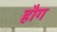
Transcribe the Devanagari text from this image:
हौग